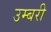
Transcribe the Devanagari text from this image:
उम्बरी